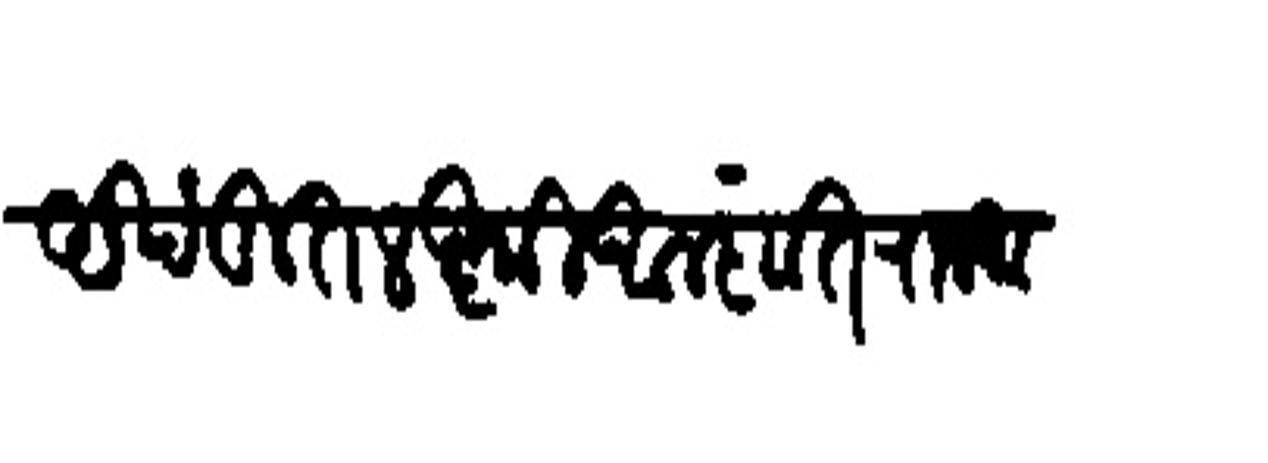
Transliteration (Devanagari): अखंडित लक्ष्मी आलंकृत राजमान्य